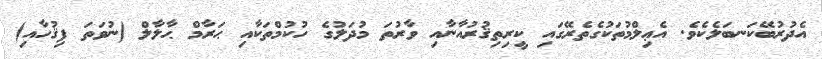
އެދުރުބޭކަނބަލެކެވެ. އެޢިލްމުތަކުގެތެރޭގައި ކީރިތިޤުރުއާނާއި ވާރުތަ މުދަލުގެ ހުކުމްތަކާއި ޙަރާމް ޙާލާލް (ނުވަތަ ފިޤުހާއި)